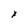
Character: x